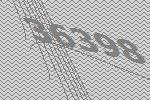
36398